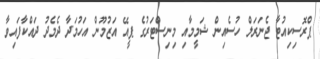
ޕްރޮސިކިއުޓާ ޖެނަރަލް ހުސެއިން ޝަމީމާއި މިނިސްޓަރުގެ ޕީއޭ އަޒުމޫން އަހުމަދާ ދެމެދު ދައްކާފައިވާ